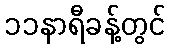
၁၁နာရီခန့်တွင်